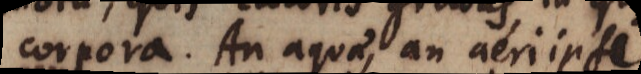
corpora. An aquae, an aeri ipsi